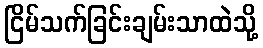
ငြိမ်သက်ခြင်းချမ်းသာထဲသို့